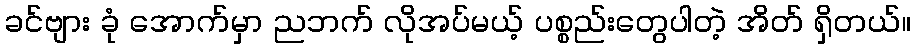
ခင်ဗျား ခုံ အောက်မှာ ညဘက် လိုအပ်မယ့် ပစ္စည်းတွေပါတဲ့ အိတ် ရှိတယ်။